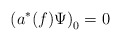
\begin{align*}\;\left( a^{*}(f)\Psi \right) _{0}=0\end{align*}